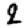
Digit: 2